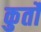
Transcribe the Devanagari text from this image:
कुर्तो